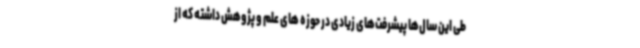
طی این سال‌ها پیشرفت‌های زیادی در حوزه های علم و پژوهش داشته که از